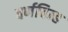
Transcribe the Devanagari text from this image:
वर्णचिन्ह